Vaccination Hyderabad 1890-1903 - 1890-1903
Year: 1890
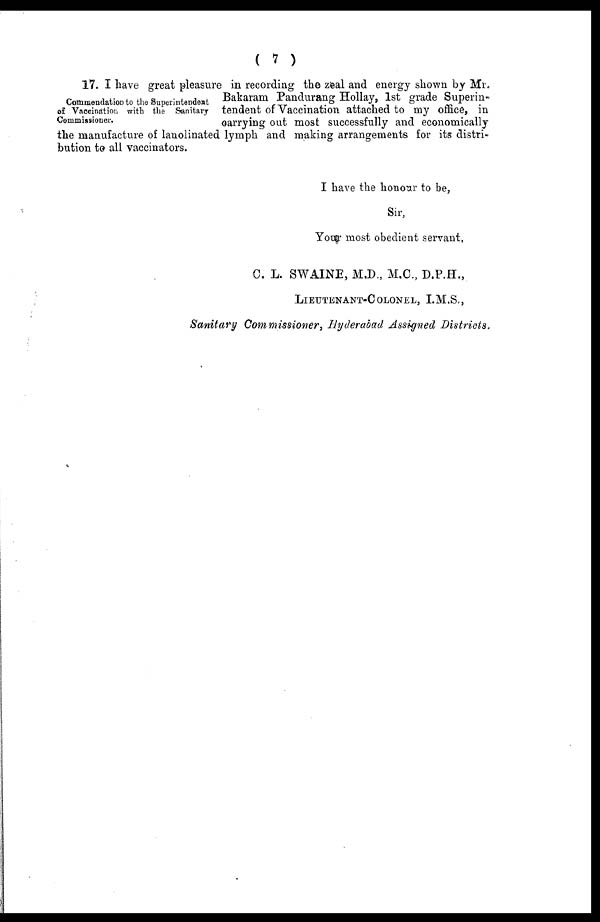
( 7 )
Commendation to the Superintendent
of Vaccination with the Sanitary
Commissioner.
17. I have great pleasure in recording the zeal and energy shown by Mr.
Bakaram Pandurang Hollay, 1st grade Superin-
tendent of Vaccination attached to my office, in
carrying out most successfully and economically
the manufacture of lanolinated lymph and making arrangements for its distri-
bution to all vaccinators.
I have the honour to be,
Sir,
Your most obedient servant,
C. L. SWAINE, M.D., M.C., D.P.H.,
LIEUTENANT-COLONEL, I.M.S.,
Sanitary Commissioner, Hyderabad Assigned Districts.